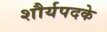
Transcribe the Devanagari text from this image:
शौर्यपदके